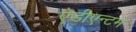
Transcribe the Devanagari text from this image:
ऐडीएन्टम